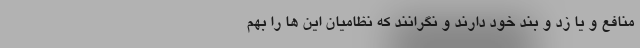
منافع و یا زد و بند خود دارند و نگرانند که نظامیان این ها را بهم